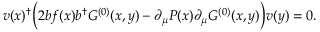
v ( x ) ^ { \dagger } \Bigl ( 2 b f ( x ) b ^ { \dagger } G ^ { ( 0 ) } ( x , y ) - \partial _ { \mu } P ( x ) \partial _ { \mu } G ^ { ( 0 ) } ( x , y ) \Bigr ) v ( y ) = 0 .